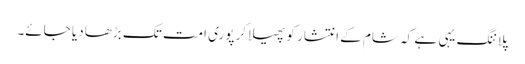
پلاننگ یہی ہے کہ شام کے انتشار کو پھیلا کر پوری امت تک بڑھا دیا جائے۔